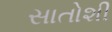
સાતોશી